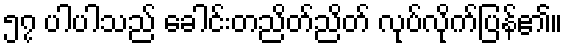
၅၇ ပါပါသည် ခေါင်းတညိတ်ညိတ် လုပ်လိုက်ပြန်၏။